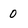
Character: 0